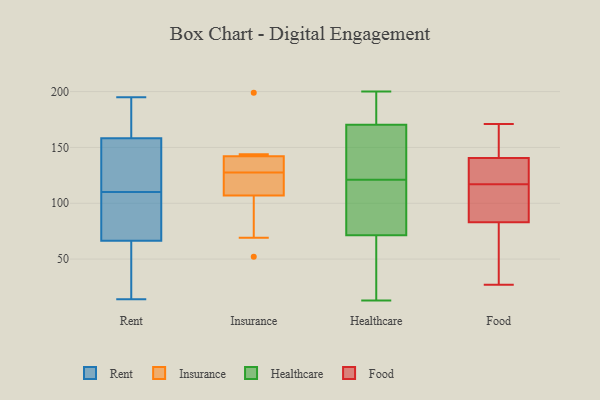
{"axis": {"x": "LTV (USD)", "y": "Value"}, "legend": ["Food", "Healthcare", "Insurance", "Rent"], "data": [{"x": "", "y": 110, "type": "Rent"}, {"x": "", "y": 121, "type": "Rent"}, {"x": "", "y": 69, "type": "Rent"}, {"x": "", "y": 167, "type": "Rent"}, {"x": "", "y": 41, "type": "Rent"}, {"x": "", "y": 68, "type": "Rent"}, {"x": "", "y": 92, "type": "Rent"}, {"x": "", "y": 162, "type": "Rent"}, {"x": "", "y": 69, "type": "Rent"}, {"x": "", "y": 62, "type": "Rent"}, {"x": "", "y": 20, "type": "Rent"}, {"x": "", "y": 181, "type": "Rent"}, {"x": "", "y": 121, "type": "Rent"}, {"x": "", "y": 14, "type": "Rent"}, {"x": "", "y": 157, "type": "Rent"}, {"x": "", "y": 195, "type": "Rent"}, {"x": "", "y": 132, "type": "Rent"}, {"x": "", "y": 69, "type": "Insurance"}, {"x": "", "y": 142, "type": "Insurance"}, {"x": "", "y": 52, "type": "Insurance"}, {"x": "", "y": 144, "type": "Insurance"}, {"x": "", "y": 199, "type": "Insurance"}, {"x": "", "y": 116, "type": "Insurance"}, {"x": "", "y": 141, "type": "Insurance"}, {"x": "", "y": 124, "type": "Insurance"}, {"x": "", "y": 107, "type": "Insurance"}, {"x": "", "y": 131, "type": "Insurance"}, {"x": "", "y": 143, "type": "Healthcare"}, {"x": "", "y": 172, "type": "Healthcare"}, {"x": "", "y": 38, "type": "Healthcare"}, {"x": "", "y": 61, "type": "Healthcare"}, {"x": "", "y": 119, "type": "Healthcare"}, {"x": "", "y": 175, "type": "Healthcare"}, {"x": "", "y": 81, "type": "Healthcare"}, {"x": "", "y": 154, "type": "Healthcare"}, {"x": "", "y": 68, "type": "Healthcare"}, {"x": "", "y": 121, "type": "Healthcare"}, {"x": "", "y": 115, "type": "Healthcare"}, {"x": "", "y": 192, "type": "Healthcare"}, {"x": "", "y": 200, "type": "Healthcare"}, {"x": "", "y": 13, "type": "Healthcare"}, {"x": "", "y": 165, "type": "Healthcare"}, {"x": "", "y": 73, "type": "Food"}, {"x": "", "y": 150, "type": "Food"}, {"x": "", "y": 102, "type": "Food"}, {"x": "", "y": 153, "type": "Food"}, {"x": "", "y": 54, "type": "Food"}, {"x": "", "y": 94, "type": "Food"}, {"x": "", "y": 124, "type": "Food"}, {"x": "", "y": 93, "type": "Food"}, {"x": "", "y": 149, "type": "Food"}, {"x": "", "y": 129, "type": "Food"}, {"x": "", "y": 27, "type": "Food"}, {"x": "", "y": 70, "type": "Food"}, {"x": "", "y": 145, "type": "Food"}, {"x": "", "y": 118, "type": "Food"}, {"x": "", "y": 102, "type": "Food"}, {"x": "", "y": 118, "type": "Food"}, {"x": "", "y": 136, "type": "Food"}, {"x": "", "y": 171, "type": "Food"}, {"x": "", "y": 116, "type": "Food"}, {"x": "", "y": 60, "type": "Food"}]}